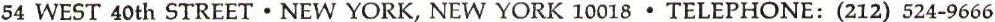
54 WEST 40th STREET . NEWYORK, NEWYORK 10018 . TELEPHONE: (212) 524-9666